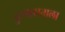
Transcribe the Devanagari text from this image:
दुःषासनाला